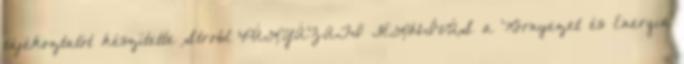
tájékoztatót készítette Strobl PÁLYÁZATI FELHÍVÁS a Környezet és Energia